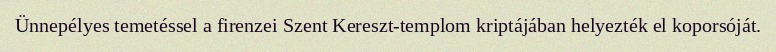
Ünnepélyes temetéssel a firenzei Szent Kereszt-templom kriptájában helyezték el koporsóját.